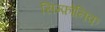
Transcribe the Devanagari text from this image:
सिम्फ़ोनिक